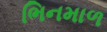
ભિનમાળ